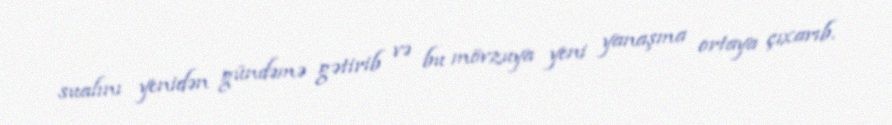
sualını yenidən gündəmə gətirib və bu mövzuya yeni yanaşma ortaya çıxarıb.